Rangoon Lunatic Asylum 1898-1906 - 1898-1906
Year: 1898
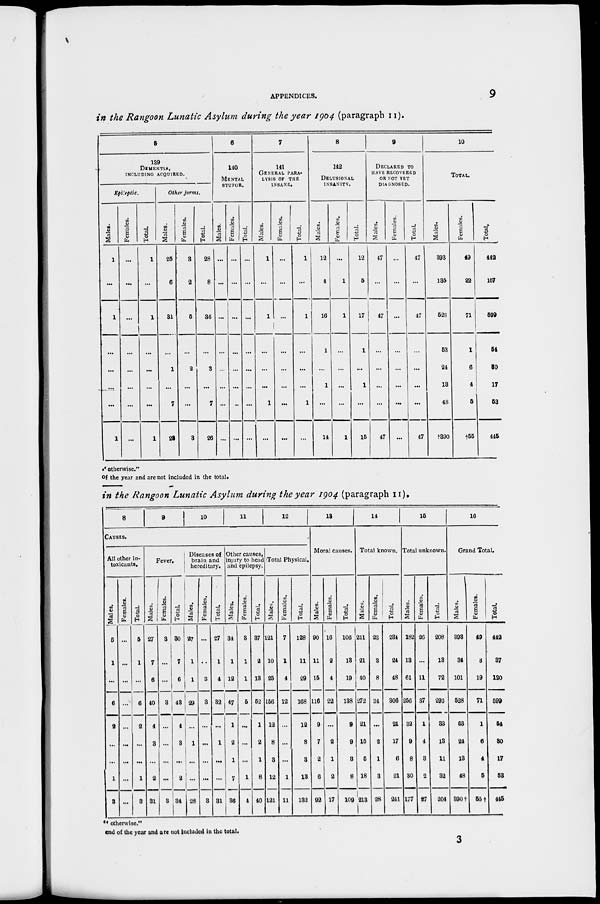
APPENDICES.
9
in the Rangoon Lunatic Asylum during the year 1904 (paragraph II).
5
139
DEMENTIA,
INCLUDING ACQUIRED.
Epileptic.
Males.
1
...
1
...
...
...
...
1
Females.
...
...
...
...
...
...
...
...
Total.
1
...
1
...
...
...
...
1
Other forms.
Males.
25
6
31
...
1
...
7
23
Females.
3
2
5
...
2
...
...
3
Total.
28
8
36
...
3
...
7
26
6
140
MENTAL
STUPOR.
Males.
...
...
...
...
...
...
...
...
Females.
...
...
...
...
...
...
...
...
Total.
...
...
...
...
...
...
...
...
7
141
GENERAL PARA-
LYSIS OF THE
INSANE.
Males.
1
...
1
...
...
...
1
...
Females.
...
...
...
...
...
...
...
...
Total.
1
...
1
...
...
...
1
...
8
112
DELUSIONAL
INSANITY.
Males.
12
4
16
1
...
1
...
14
Females.
...
1
1
...
...
...
...
1
Total.
12
5
17
1
...
1
...
15
9
DECLARED TO
HAVE RECOVERED
OR NOT YET
DIAGNOSED.
Males.
47
...
47
...
...
...
...
47
Females.
...
...
...
...
...
...
...
...
Total
47
...
47
...
...
...
...
47
10
TOTAL.
Males.
393
135
528
53
24
13
48
†390
Females.
49
22
71
1
6
4
5
†55
Total.
442
157
599
54
30
17
53
446
" otherwise."
of the year and are not included in the total.
in the Rangoon Lunatic Asylum during the year 1904. (paragraph 11).
8
9
10
11
12
CAUSES.
All other in-
toxicants.
Males.
6
1
...
6
2
...
...
1
3
Females.
...
...
...
...
...
...
...
...
...
Total.
6
1
...
6
2
...
...
1
3
Fever.
Males.
27
7
6
40
4
3
...
2
31
Females.
3
...
...
3
...
...
...
...
3
Total.
30
7
6
43
4
3
...
2
34
Diseases of
brain and
hereditary.
Males.
27
1
1
29
...
1
...
...
28
Females.
...
...
3
3
...
...
...
...
3
Total.
27
1
4
32
...
1
...
...
31
Other causes,
injury to head
and epilepsy.
Males.
34
1
12
47
1
2
1
7
36
Females.
3
1
1
5
...
...
...
1
4
Total.
37
2
13
52
1
2
1
8
40
Total Physical.
Males.
121
10
25
156
12
8
3
12
121
Females.
7
1
4
12
...
...
...
1
11
Total.
128
11
29
168
12
8
3
13
132
13
Moral causes.
Males.
90
11
15
116
9
7
2
6
92
Females.
16
2
4
22
...
2
1
2
17
Total.
106
13
19
138
9
9
3
8
109
14
Total known.
Males.
211
21
40
272
21
15
5
18
213
Females.
23
3
8
34
...
2
1
3
28
Total.
234
24
48
306
21
17
6
21
241
15
Total unknown.
Males.
182
13
61
256
32
9
8
30
177
Females.
26
...
11
37
1
4
3
2
27
Total.
208
13
72
293
33
13
11
32
204
16
Grand Total.
Males.
393
34
101
528
63
24
13
48
390†
Females.
49
3
19
71
1
6
4
5
55†
Total.
442
37
120
599
64
30
17
53
440
" otherwise."
end of the year and are not Included in the total.
3